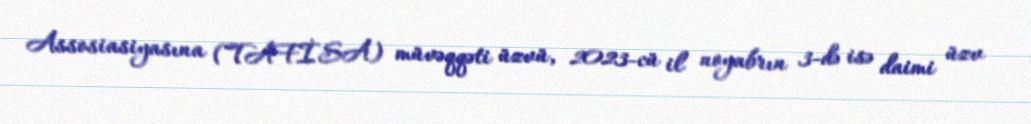
Assosiasiyasına (TAFİSA) müvəqqəti üzvü, 2023-cü il noyabrın 3-də isə daimi üzv